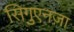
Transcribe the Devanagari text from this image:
सिगुएनज़ा